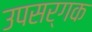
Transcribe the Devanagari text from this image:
उपसर्गक